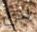
لدي